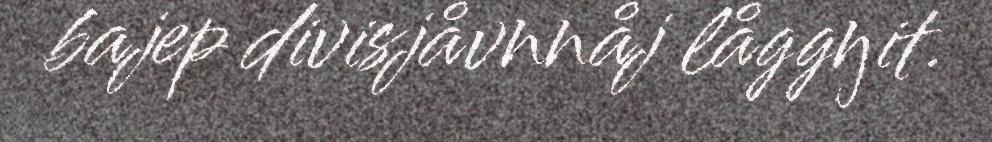
bajep divisjåvnnåj låggŋit.